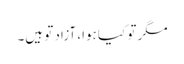
مگر تو کیا ہوا، آزاد تو ہیں۔